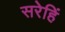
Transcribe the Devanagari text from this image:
सरेहिं